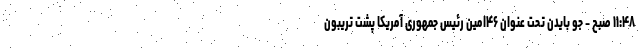
۱۱:۴۸ صبح - جو بایدن تحت عنوان ۴۶‌امین رئیس جمهوری آمریکا پشت تریبون